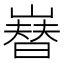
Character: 𡼫